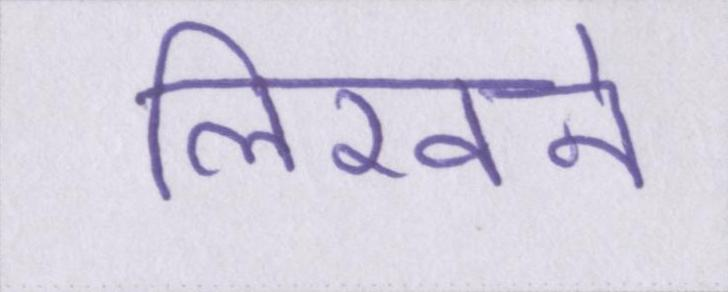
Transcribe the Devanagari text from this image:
लिखने